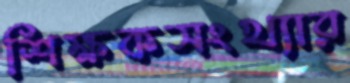
শিক্ষকসংখ্যার